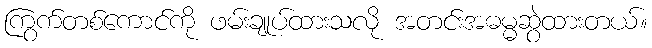
ကြွက်တစ်ကောင်ကို ဖမ်းချုပ်ထားသလို အတင်းအဓမ္မဆွဲထားတယ်။